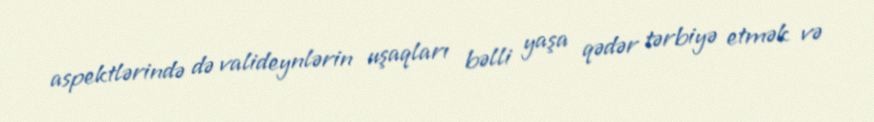
aspektlərində də valideynlərin uşaqları bəlli yaşa qədər tərbiyə etmək və